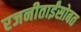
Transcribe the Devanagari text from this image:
रजनीताईंसोबत